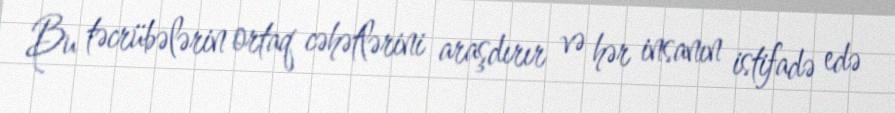
Bu təcrübələrin ortaq cəhətlərini araşdırır və hər insanın istifadə edə